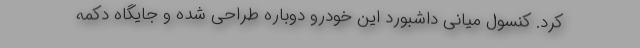
کرد. کنسول میانی داشبورد این خودرو دوباره طراحی شده و جایگاه دکمه